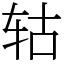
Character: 轱